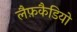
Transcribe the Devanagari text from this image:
लैफ़कैडियो